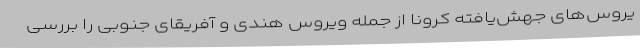
یروس‌های جهش‌یافته کرونا از جمله ویروس هندی و آفریقای جنوبی را بررسی